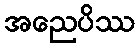
အညေပိဿ